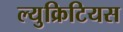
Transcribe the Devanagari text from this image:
ल्युक्रिटियस